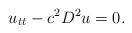
LaTeX: \begin{align*} u _ { t t } - c ^ 2 D ^ 2 u = 0 .\end{align*}